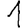
Digit: 1